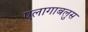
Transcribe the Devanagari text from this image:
एलागाबलुस